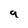
Character: 9